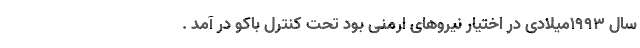
سال 1993میلادی در اختیار نیروهای ارمنی بود تحت کنترل باکو در آمد .